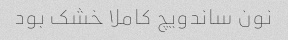
نون ساندویچ کاملا خشک بود